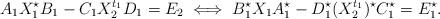
LaTeX: \begin{align*}A_1 X_1^{\star} B_1 - C_1 X_2^{t_1} D_1 = E_2 \iff B_1^\star X_1 A_1^\star - D_1^\star (X_2^{t_1})^{\star} C_1^\star = E_1^\star. \end{align*}